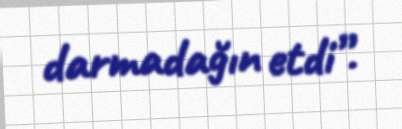
darmadağın etdi”.